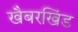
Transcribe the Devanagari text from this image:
खैबरखिंड